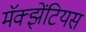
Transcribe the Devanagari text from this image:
मॅक्झेंटियस